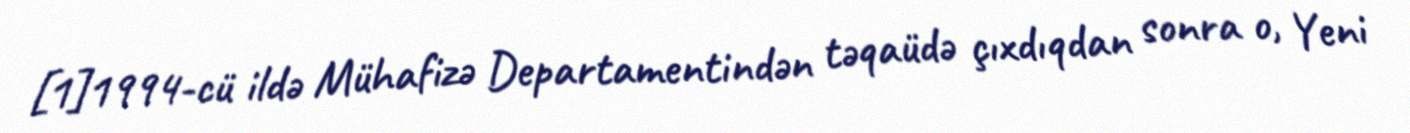
[1]1994-cü ildə Mühafizə Departamentindən təqaüdə çıxdıqdan sonra o, Yeni